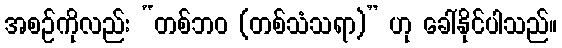
အစဉ်ကိုလည်း “တစ်ဘဝ (တစ်သံသရာ)” ဟု ခေါ်နိုင်ပါသည်။